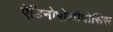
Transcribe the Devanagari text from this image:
ऐडिनोपोलीपोसिस